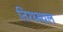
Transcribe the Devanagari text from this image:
तिरथ्स्थल